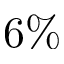
6 \%